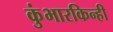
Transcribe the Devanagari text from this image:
कुंभारकिन्ही